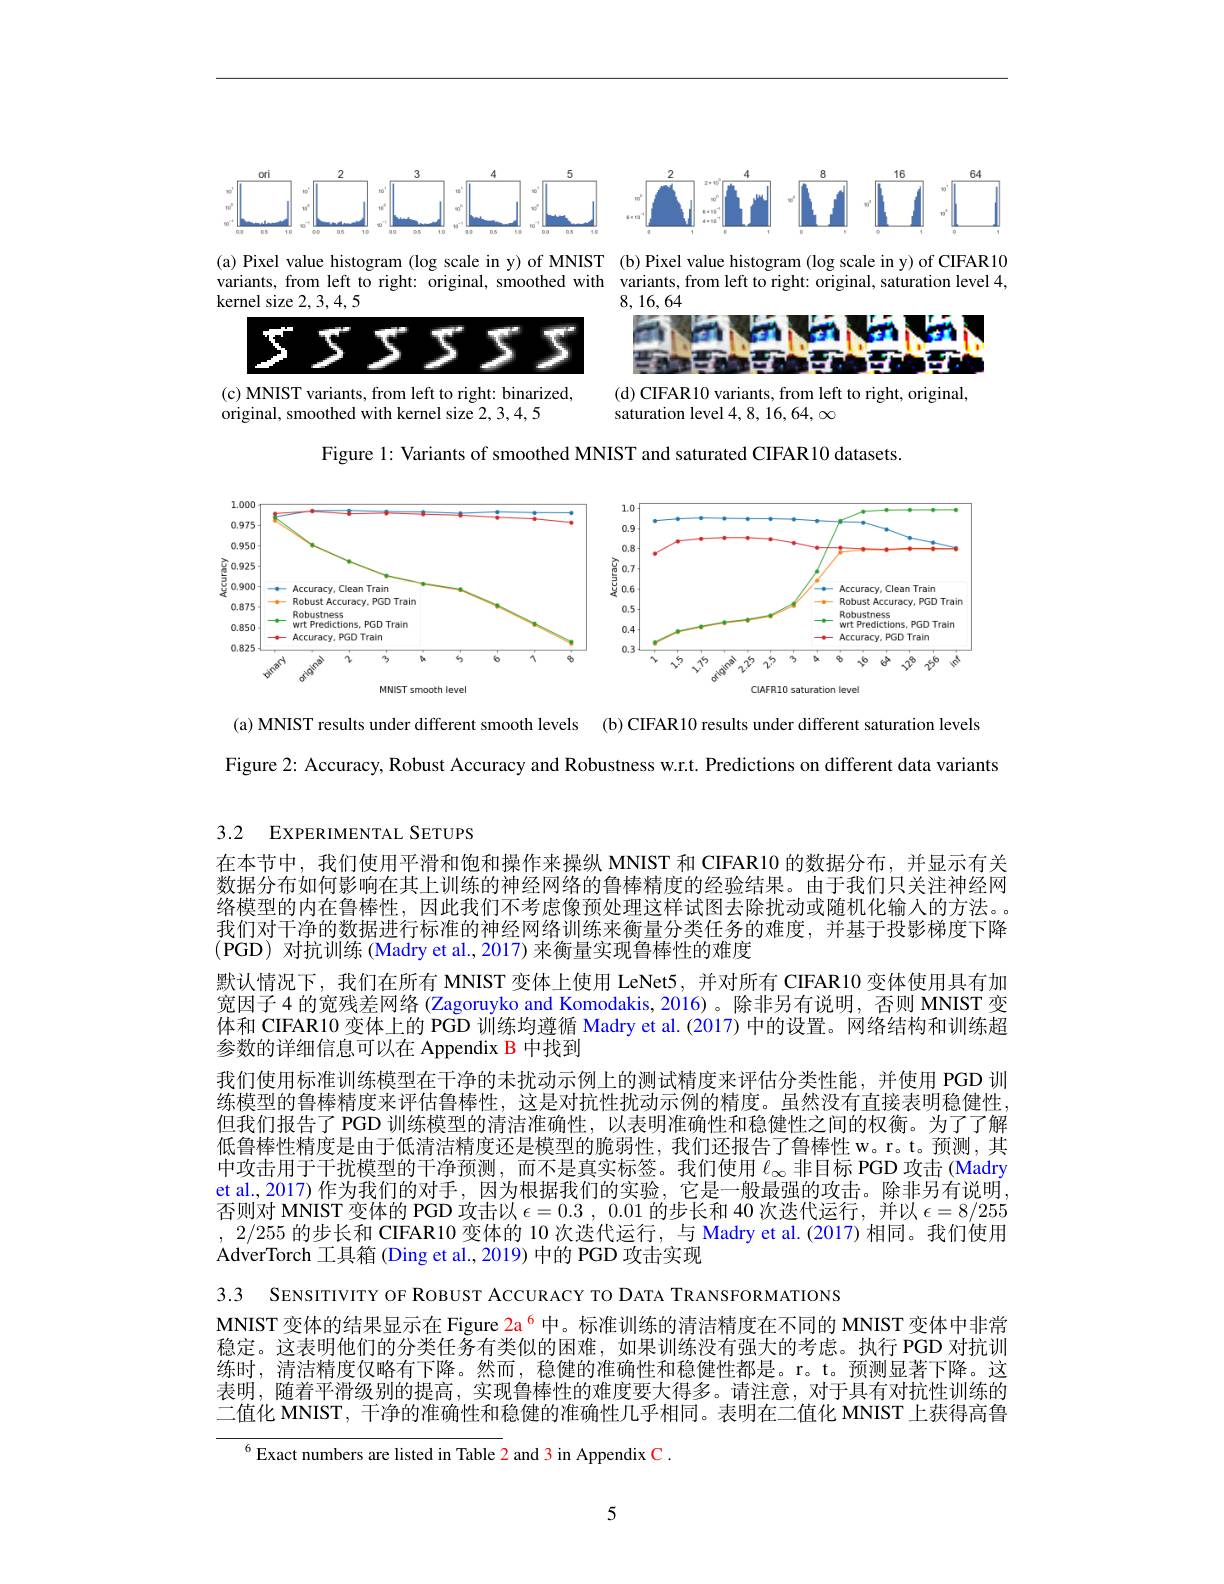
<FigureHere>

(a) Pixel value histogram (log scale in y) of MNIST (b)Pixel value histogram (log scale in y) of CIFAR10 variants, from left to right: original, smoothed with variants, from left to right: original, saturation level 4, kernel size 2,3,4,5

8, 16, 64
<FigureHere>

(c) MNIST variants, from left to right: binarized,
(d) CIFAR10 variants, from left to right, original,

saturation level $4,8,16,64,\infty$

original, smoothed with kernel size 2,3,4,5

Figure 1: Variants of smoothed MNIST and saturated CIFAR10 datasets.

<FigureHere>

(a) MNIST results under different smooth levels (b) CIFAR 10 results under different saturation levels
Figure 2: Accuracy, Robust Accuracy and Robustness w.r.t. Predictions on different data variants

3.2 EXPERIMENTAL SETUPS

在本节中，我们使用平滑和饱和操作来操纵 MNIST 和 CIFAR10 的数据分布，并显示有关数据分布如何影响在其上训练的神经网络的鲁棒精度的经验结果。由于我们只关注神经网络模型的内在鲁棒性，因此我们不考虑像预处理这样试图去除扰动或随机化输人的方法。我们对干净的数据进行标准的神经网络训练来衡量分类任务的难度，并基于投影梯度下降(PGD)对抗训练 (Madry et al., 2017) 来衡量实现鲁棒性的难度
默认情况下，我们在所有 MNIST 变体上使用 LeNet5, 并对所有 CIFAR10 变体使用具有加宽因子 4 的宽残差网络 (Zagoruyko and Komodakis, 2016)。除非另有说明，否则 MNIST 变体和 CIFAR10 变体上的 PGD 训练均遵循 Madry et al.(2017) 中的设置。网络结构和训练超参数的详细信息可以在 Appendix B 中找到
我们使用标准训练模型在干净的未扰动示例上的测试精度来评估分类性能，并使用 PGD 训练模型的鲁棒精度来评估鲁棒性，这是对抗性扰动示例的精度。虽然没有直接表明稳健性， 但我们报告了 PGD 训练模型的清洁准确性，以表明准确性和稳健性之间的权衡。为了了解低鲁棒性精度是由于低清洁精度还是模型的脆弱性，我们还报告了鲁棒性 w。r。t。预测，其中攻击用于干扰模型的干净预测，而不是真实标签。我们使用$\ell_{\infty}$非目标 PGD 攻击 (Madry et al., 2017)作为我们的对手，因为根据我们的实验，它是一般最强的攻击。除非另有说明否则对 MNIST 变体的 PGD 攻击以$\epsilon = 0. 3$ , 0.01的步长和 40 次迭代运行，并以$\epsilon=8/255$ ,2/255的步长和 CIFAR10 变体的 10 次迭代运行，与 Madry et al.(2017)相同。我们使用AdverTorch 工具箱 (Ding et al., 2019) 中的 PGD 攻击实现
3.3 SENSITIVITY OF ROBUST ACCURACY TO DATA TRANSFORMATIONS
MNIST 变体的结果显示在 Figure 2a$^{6}$中。标准训练的清洁精度在不同的 MNIST 变体中非常稳定。这表明他们的分类任务有类似的困难，如果训练没有强大的考虑。执行 PGD 对抗训练时，清洁精度仅略有下降。然而，稳健的准确性和稳健性都是。r。t。预测显著下降。这表明，随着平滑级别的提高，实现鲁棒性的难度要大得多。请注意，对于具有对抗性训练的二值化 MNIST, 干净的准确性和稳健的准确性几乎相同。表明在二值化 MNIST 上获得高鲁
$^{6}$Exact numbers are listed in Table 2 and 3 in Appendix C.

5